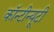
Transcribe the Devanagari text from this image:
कॉन्टीन्यूटी